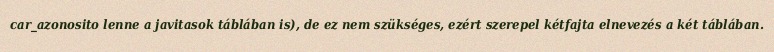
car_azonosito lenne a javitasok táblában is), de ez nem szükséges, ezért szerepel kétfajta elnevezés a két táblában.